system: You are a helpful assistant.
user:
Analyze the provided spectrum to determine if it is a **S-type Star**.

- **Key Indicators for S-type Star:**

    - **(Overall Spectrum Shape):** The first and most obvious characteristic is the overall continuum (the "baseline" shape). It is **extremely "red-sloping,"** meaning the flux (light intensity) is very low on the left side (blue, ~4000-4500 Å) and rises steeply and continuously toward the right side (red, ~7000 Å+).

    - **(Primary):** The spectrum is defined by the presence of strong, broad molecular absorption "valleys" (bands) from **Zirconium Oxide (ZrO)**. The identification of these bands is the **primary requirement** for classifying a star as S-type.
        - **(Key Bandheads):** You must find distinct, deep "dips" where the light has been absorbed. The most critical band systems to locate are:
            - **~6474 Å** ($\gamma$-system): This is often the strongest and clearest ZrO feature, found in the red part of the spectrum.
            - **~5718 Å** & **~5551 Å** ($\beta$-system): A pair of prominent absorption features in the yellow-orange part of the spectrum.
            - **~4640 Å** ($\alpha$-system): A key absorption band system in the blue-green region of the spectrum.

    - **(Secondary Confirmation):** The classification is strengthened by finding additional absorption bands from other related heavy element oxides, which are expected to be present alongside ZrO.
        - **(Key Bandheads):**
            - **Yttrium Oxide (YO):** Look for absorption dips near **~4800 Å** and **~6100 Å**.
            - **Lanthanum Oxide (LaO):** Additional absorption features, particularly in the red-orange part of the spectrum, are also characteristic.

    - **(Line Profile):** The combination of the steep red continuum and these numerous, deep molecular bands (ZrO, YO, etc.) gives the entire spectrum a very **"chopped-up"** or **"bumpy"** appearance. Instead of a smooth curve, the spectrum looks as though large, wide chunks of light have been "carved out" of it at the specific wavelengths listed above.

Think first, call **spectral_visualization_tool** if needed to examine features in detail, then provide your final answer. Your response must adhere to the following strict rules:
1.  **Overall Structure:** Your response must follow the format `<think>...</think> <tool_call>...</tool_call> (if a tool is used) <answer>...</answer>`.
2.  **Tool Usage Constraint:** You may only make **one** tool call per turn.
3.  **Final Answer Format:** In the `<answer>` tag, your conclusion must be inside a `\boxed{}` command (e.g., `\boxed{YES}` or `\boxed{NO}`), followed by your justification.

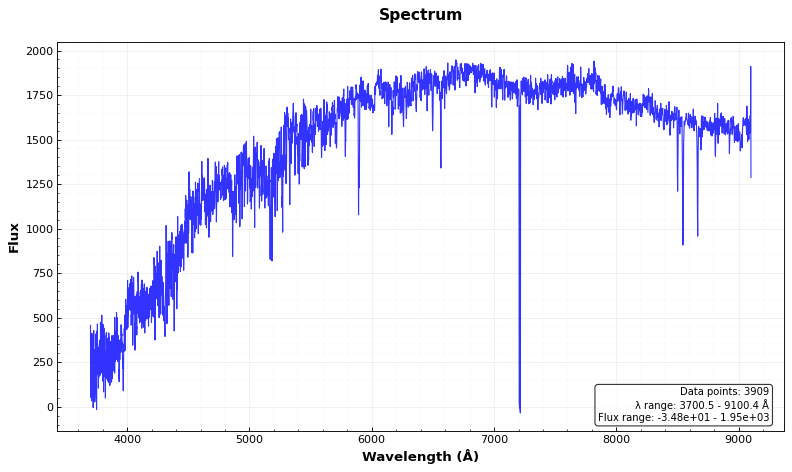
Answer: NO